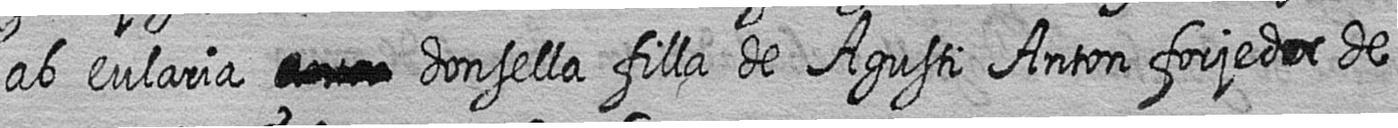
ab eularia # donsella filla de Agusti Anton forjedor de